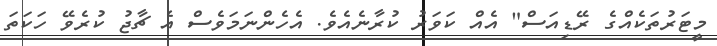
މީޓަރުތަކެއްގެ ރޭޑިއަސް" އެއް ކަވަރު ކުރާނެއެވެ. އެހެންނަމަވެސް އެ ޗާޖު ކުރެވޭ ހަކަތަ